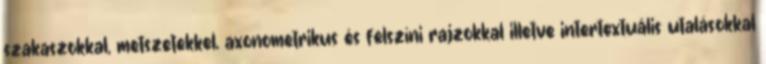
szakaszokkal, metszetekkel, axonometrikus és felszíni rajzokkal illetve intertextuális utalásokkal